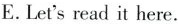
E.Let'sread it here.